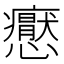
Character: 𭟢